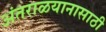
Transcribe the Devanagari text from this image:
अंतराळयानासाठी